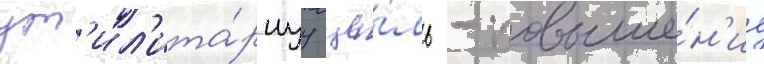
ут'ил'ита́рнуу це́ль - повыше́н'ие